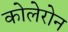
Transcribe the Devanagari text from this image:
कोलेरोन